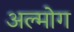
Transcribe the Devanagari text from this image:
अल्मोग